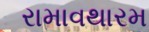
રામાવથારમ